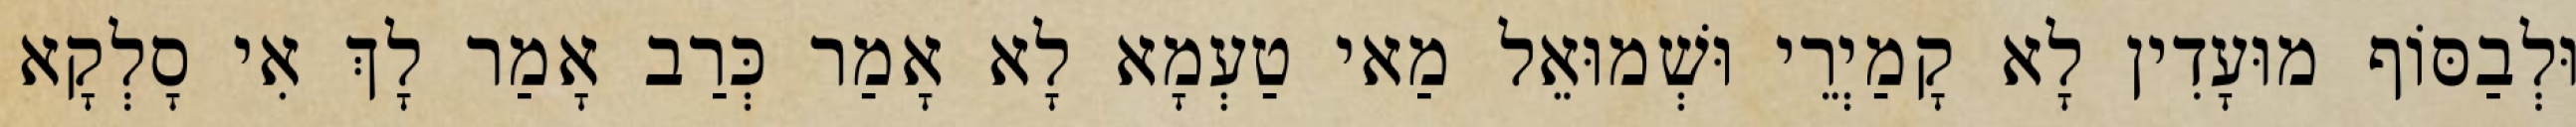
וּלְבַסּוֹף מוּעָדִין לָא קָמַיְרֵי וּשְׁמוּאֵל מַאי טַעְמָא לָא אָמַר כְּרַב אָמַר לָךְ אִי סָלְקָא